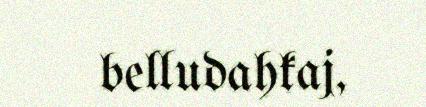
belludahkaj,